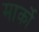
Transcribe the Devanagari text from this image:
मार्को